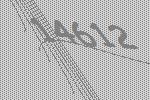
14612